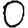
Digit: 0